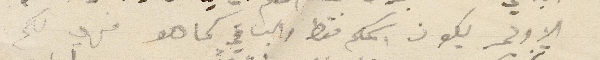
الاولى يكون اسمكم فقط والباقي كما هو فهي لكم